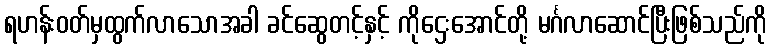
ရဟန်းဝတ်မှထွက်လာသောအခါ ခင်ဆွေတင့်နှင့် ကိုဌေးအောင်တို့ မင်္ဂလာဆောင်ပြီးဖြစ်သည်ကို